Leaving Certificate Examination (including Day School Certificate (Higher) General paper), 1927
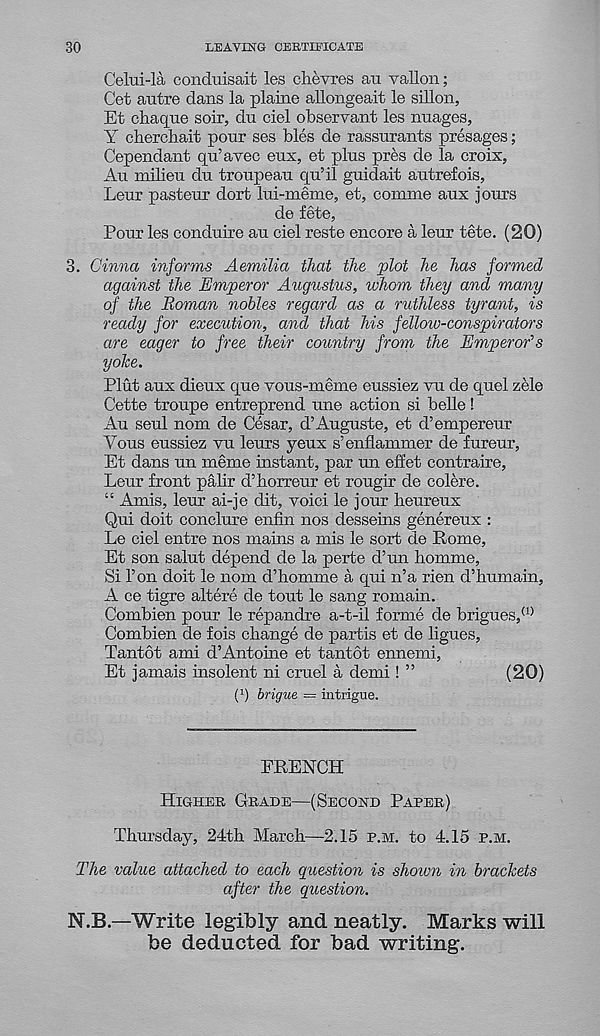
30
LEAVING CERTIFICATE
CeM-la condnisait les chevies au vallon;
Get autre dans la plaine allongeait le sillon,
Et chaque soil, du ciel observant les images,
Y cherchait pour ses hies de rassurants presages;
Cependant qu’avec eux, et plus pres de la croix,
Au milieu du troupeau qu’il guidait autrefois,
Leur pasteur dort lui-meme, et, comme aux jours
de fete,
Pour les conduire au ciel reste encore a leur tete. (20)
3. Cinna informs Aemilia that the plot he has formed
against the Emperor AiLgustus, whom they and many
of the Roman nobles regard as a ruthless tyrant, is
ready for execution, and that his felloiv-conspirators
are eager to free their country from the Emperor’s
yoke.
Plut aux dieux que vous-meme eussiez vu de quel zele
Cette troupe entreprend une action si belle!
Au seul nom de Cesar, d’Auguste, et d’empereur
Yous eussiez vu leurs yeux s’enflammer de fureur,
Et dans un meme instant, par un effet contraire,
Leur front palir d’horreur et rougir de colere.
“ Amis, leur ai-je dit, voici le jour heureux
Qui doit conclure enfin nos desseins genereux :
Le ciel entre nos mains a mis le sort de Pome,
Et son salut depend de la perte d’un homme,
Si Ton doit le nom d’homme a qui n’a rien d’humain,
A ce tigre altere de tout le sang romain.
Combien pour le repandre a-t-il forme de brigues, (1)
Combien de fois change de partis et de ligues,
Tantot ami d’Antoine et tantot ennemi,
Et jamais insolent ni cruel a demi ! ”
(20)
(b brigue — intrigue.
FRENCH
Higher Grade—(Second Paper)
Thursday, 24th March—2.15 p.m. to 4.15 p.m.
The value attached to each question is shown in brackets
after the question.
N.B.—Write legibly and neatly. Marks will
be deducted for bad writing.